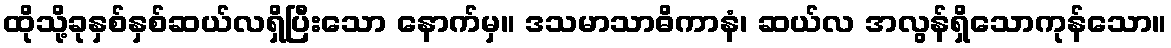
ထိုသို့ခုနှစ်နှစ်ဆယ်လရှိပြီးသော နောက်မှ။ ဒသမာသာဓိကာနံ၊ ဆယ်လ အလွန်ရှိသောကုန်သော။